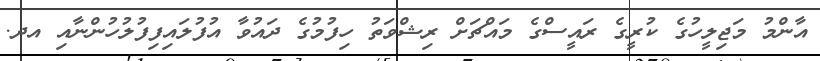
އާންމު މަޖިލީހުގެ ކުރީގެ ރައީސްގެ މައްޗަށް ރިޝްވަތު ހިފުމުގެ ދައުވާ އުފުލައިފިފުލުހުންނާއި އދ.